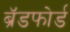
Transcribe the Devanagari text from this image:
ब्रॅडफोर्ड